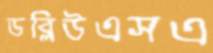
ডব্লিউএসএ